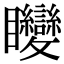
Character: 𥍚